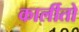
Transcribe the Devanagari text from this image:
कार्लीतो